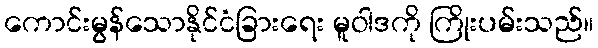
ကောင်းမွန်သောနိုင်ငံခြားရေး မူဝါဒကို ကြိုးပမ်းသည်။